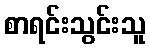
စာရင်းသွင်းသူ